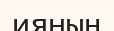
ияның